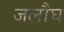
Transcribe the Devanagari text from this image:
जलौघ